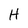
Character: H